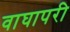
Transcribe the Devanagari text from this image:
वाघापरी